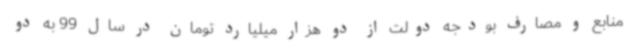
منابع و مصارف بودجه دولت از دو هزار میلیارد تومان در سال 99 به دو